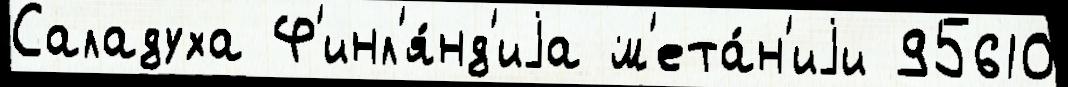
Саладуха Ф'инл'я́нд'иjа м'ета́н'иjи 95610